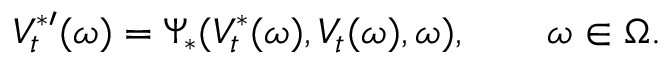
V _ { t } ^ { \ast \prime } ( \omega ) = \Psi _ { \ast } ( V _ { t } ^ { \ast } ( \omega ) , V _ { t } ( \omega ) , \omega ) , \qquad \omega \in \Omega .